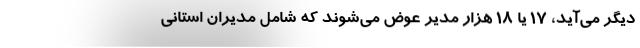
دیگر می‌آید، 17 یا 18 هزار مدیر عوض می‌شوند که شامل مدیران استانی